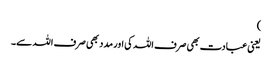
)
یعنی عبادت بھی صرف اللہ کی اور مدد بھی صرف اللہ سے۔